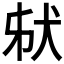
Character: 𤝮